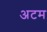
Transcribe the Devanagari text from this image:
अटम